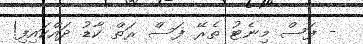
- ފަސް މިނެޓު ތެރޭ ފަސް ރަތް ކާޑު ދައްކައިފި!